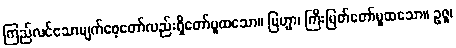
ကြည်လင်သောမျက်စေ့တော်လည်းရှိတော်မူထသော။ ဗြဟ္မာ၊ ကြီးမြတ်တော်မူထသော။ ဥဇူ၊